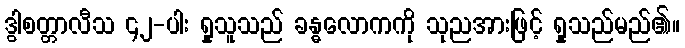
ဒွါစတ္တာလီသ ၄၂-ပါး ရှုသူသည် ခန္ဓလောကကို သုညအားဖြင့် ရှုသည်မည်၏။